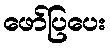
ဖော်ပြပေး